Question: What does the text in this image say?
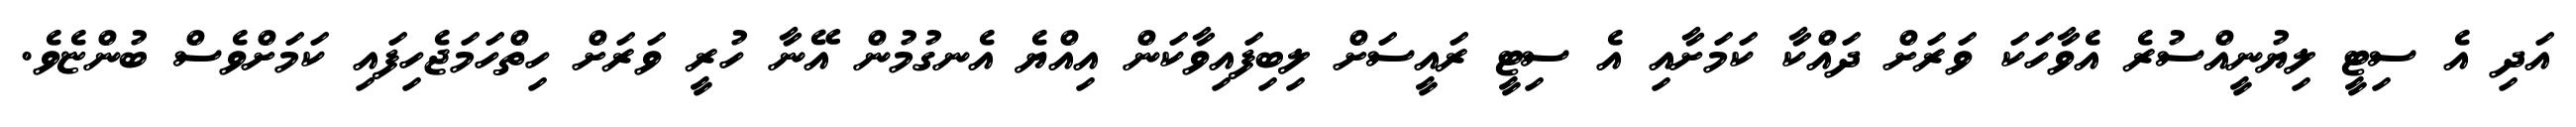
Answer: އަދި އެ ސިޓީ ލިޔުނީއްސުރެ އެވާހަކަ ވަރަށް ދައްކާ ކަމަށާއި އެ ސިޓީ ރައީސަށް ލިބިފައިވާކަން އިއްޔެ އެނގުމުން އޭނާ ހުރީ ވަރަށް ހިތްހަމަޖެހިފައި ކަމަށްވެސް ބުންޏެވެ.